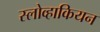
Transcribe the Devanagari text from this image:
स्लोव्हाकियन